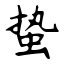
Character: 蛰